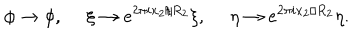
\phi \rightarrow \phi , ~ ~ \xi \rightarrow e ^ { 2 \pi i x _ { 2 } / R _ { 2 } } \xi , ~ ~ \eta \rightarrow e ^ { 2 \pi i x _ { 2 } / R _ { 2 } } \eta .